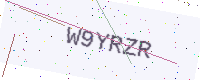
Text: W9YRZR